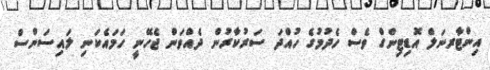
އިންޓާރނަލް އޮޑިޓިންގް ވެސް ހެދުމުގެ ހުއްދަ ސަރުކާރުން ދެއްވަން ޖެހޭނީ ހަމައެކަނި ލައިސަންސް